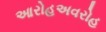
આરોહઅવરોહ